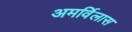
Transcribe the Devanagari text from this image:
अमर्विलास